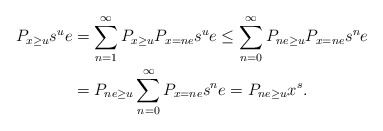
\begin{align*}P_{x\geq u}s^{u}e & =\sum\limits_{n=1}^{\infty}P_{x\geq u}P_{x=ne}s^{u}e\leq\sum\limits_{n=0}^{\infty}P_{ne\geq u}P_{x=ne}s^{n}e\\& =P_{ne\geq u}\sum\limits_{n=0}^{\infty}P_{x=ne}s^{n}e=P_{ne\geq u}x^{s}.\end{align*}